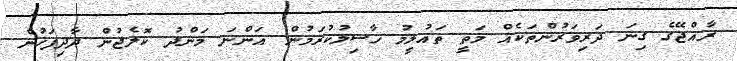
ރާއްޖޭގެ ގިނަ ދަރިވަރުންތަކެއް މަތީ ތައުލީމު ހާސިލުކުރަމުން އަންނަ މަންދު ކޮލެޖުން ދާދިފަހުން